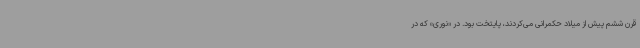
قرن ششم پیش از میلاد حکمرانی می‌کردند، پایتخت بود. در «نوری» که در